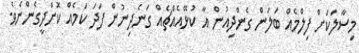
މިސާލަކަށް ފިލްމެއް ބަލަން ގެންދިއުން އާ ކުޅޭއެއްޗެއް ގަނެދިނުން ފަދަ ކަމެއް ކޮށްދީގެންނެވެ.